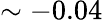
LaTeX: \sim-0.04